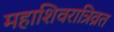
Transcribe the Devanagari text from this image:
महाशिवरात्रिव्रत